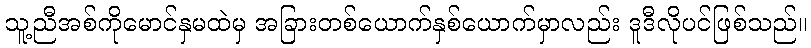
သူ့ညီအစ်ကိုမောင်နှမထဲမှ အခြားတစ်ယောက်နှစ်ယောက်မှာလည်း ဒူဒီလိုပင်ဖြစ်သည်။